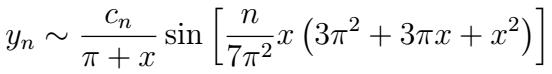
\[y_{n} \sim \frac{c_{n}}{\pi + x} \sin \left[\frac{n}{7\pi^{2}}x \left(3\pi^{2} + 3\pi x + x^{2}\right)\right]\]